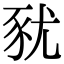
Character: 𧰰